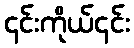
၎င်းကိုယ်၎င်း